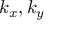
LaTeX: k _ { x } , k _ { y }